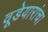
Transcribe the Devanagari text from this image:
वूडेयारांचा